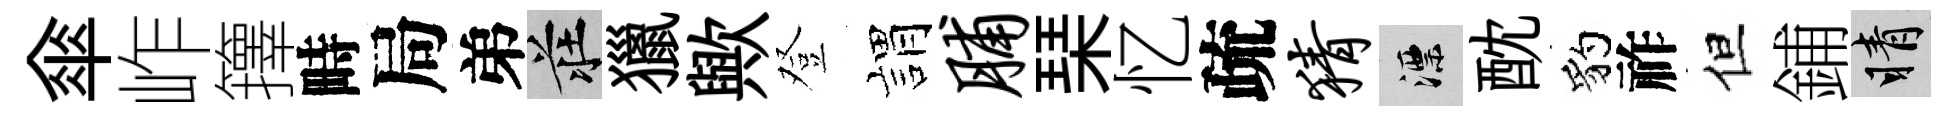
傘岞籜畤局弟莊獵歟登娟脯琹忆疏猜漂酖豹祚但鋪睛